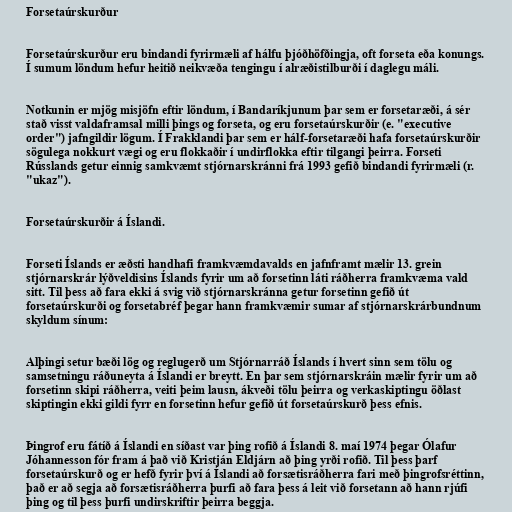
Forsetaúrskurður

Forsetaúrskurður eru bindandi fyrirmæli af hálfu þjóðhöfðingja, oft forseta eða konungs.
Í sumum löndum hefur heitið neikvæða tengingu í alræðistilburði í daglegu máli.

Notkunin er mjög misjöfn eftir löndum, í Bandaríkjunum þar sem er forsetaræði, á sér
stað visst valdaframsal milli þings og forseta, og eru forsetaúrskurðir (e. "executive
order") jafngildir lögum. Í Frakklandi þar sem er hálf-forsetaræði hafa forsetaúrskurðir
sögulega nokkurt vægi og eru flokkaðir í undirflokka eftir tilgangi þeirra. Forseti
Rússlands getur einnig samkvæmt stjórnarskránni frá 1993 gefið bindandi fyrirmæli (r.
"ukaz").

Forsetaúrskurðir á Íslandi.

Forseti Íslands er æðsti handhafi framkvæmdavalds en jafnframt mælir 13. grein
stjórnarskrár lýðveldisins Íslands fyrir um að forsetinn láti ráðherra framkvæma vald
sitt. Til þess að fara ekki á svig við stjórnarskránna getur forsetinn gefið út
forsetaúrskurði og forsetabréf þegar hann framkvæmir sumar af stjórnarskrárbundnum
skyldum sínum:

Alþingi setur bæði lög og reglugerð um Stjórnarráð Íslands í hvert sinn sem tölu og
samsetningu ráðuneyta á Íslandi er breytt. En þar sem stjórnarskráin mælir fyrir um að
forsetinn skipi ráðherra, veiti þeim lausn, ákveði tölu þeirra og verkaskiptingu öðlast
skiptingin ekki gildi fyrr en forsetinn hefur gefið út forsetaúrskurð þess efnis.

Þingrof eru fátíð á Íslandi en síðast var þing rofið á Íslandi 8. maí 1974 þegar Ólafur
Jóhannesson fór fram á það við Kristján Eldjárn að þing yrði rofið. Til þess þarf
forsetaúrskurð og er hefð fyrir því á Íslandi að forsætisráðherra fari með þingrofsréttinn,
það er að segja að forsætisráðherra þurfi að fara þess á leit við forsetann að hann rjúfi
þing og til þess þurfi undirskriftir þeirra beggja.